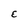
Character: E